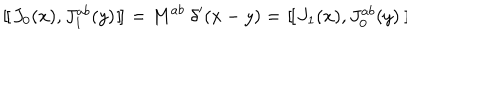
LaTeX: { } ~ [ \kern - 0 . 4 5 e m \llap ~ [ ~ J _ { 0 } ( x ) , J _ { 1 } ^ { a b } ( y ) ~ ] \kern - 0 . 4 5 e m \llap ~ ] ~ = M ^ { a b } ~ \delta ^ { \prime } ( x - y ) = ~ [ \kern - 0 . 4 5 e m \llap ~ [ ~ J _ { 1 } ( x ) , J _ { 0 } ^ { a b } ( y ) ~ ] \kern - 0 . 4 5 e m \llap ~